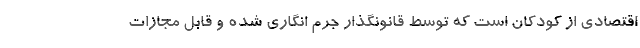
اقتصادی از کودکان است که توسط قانونگذار جرم انگاری شده و قابل مجازات